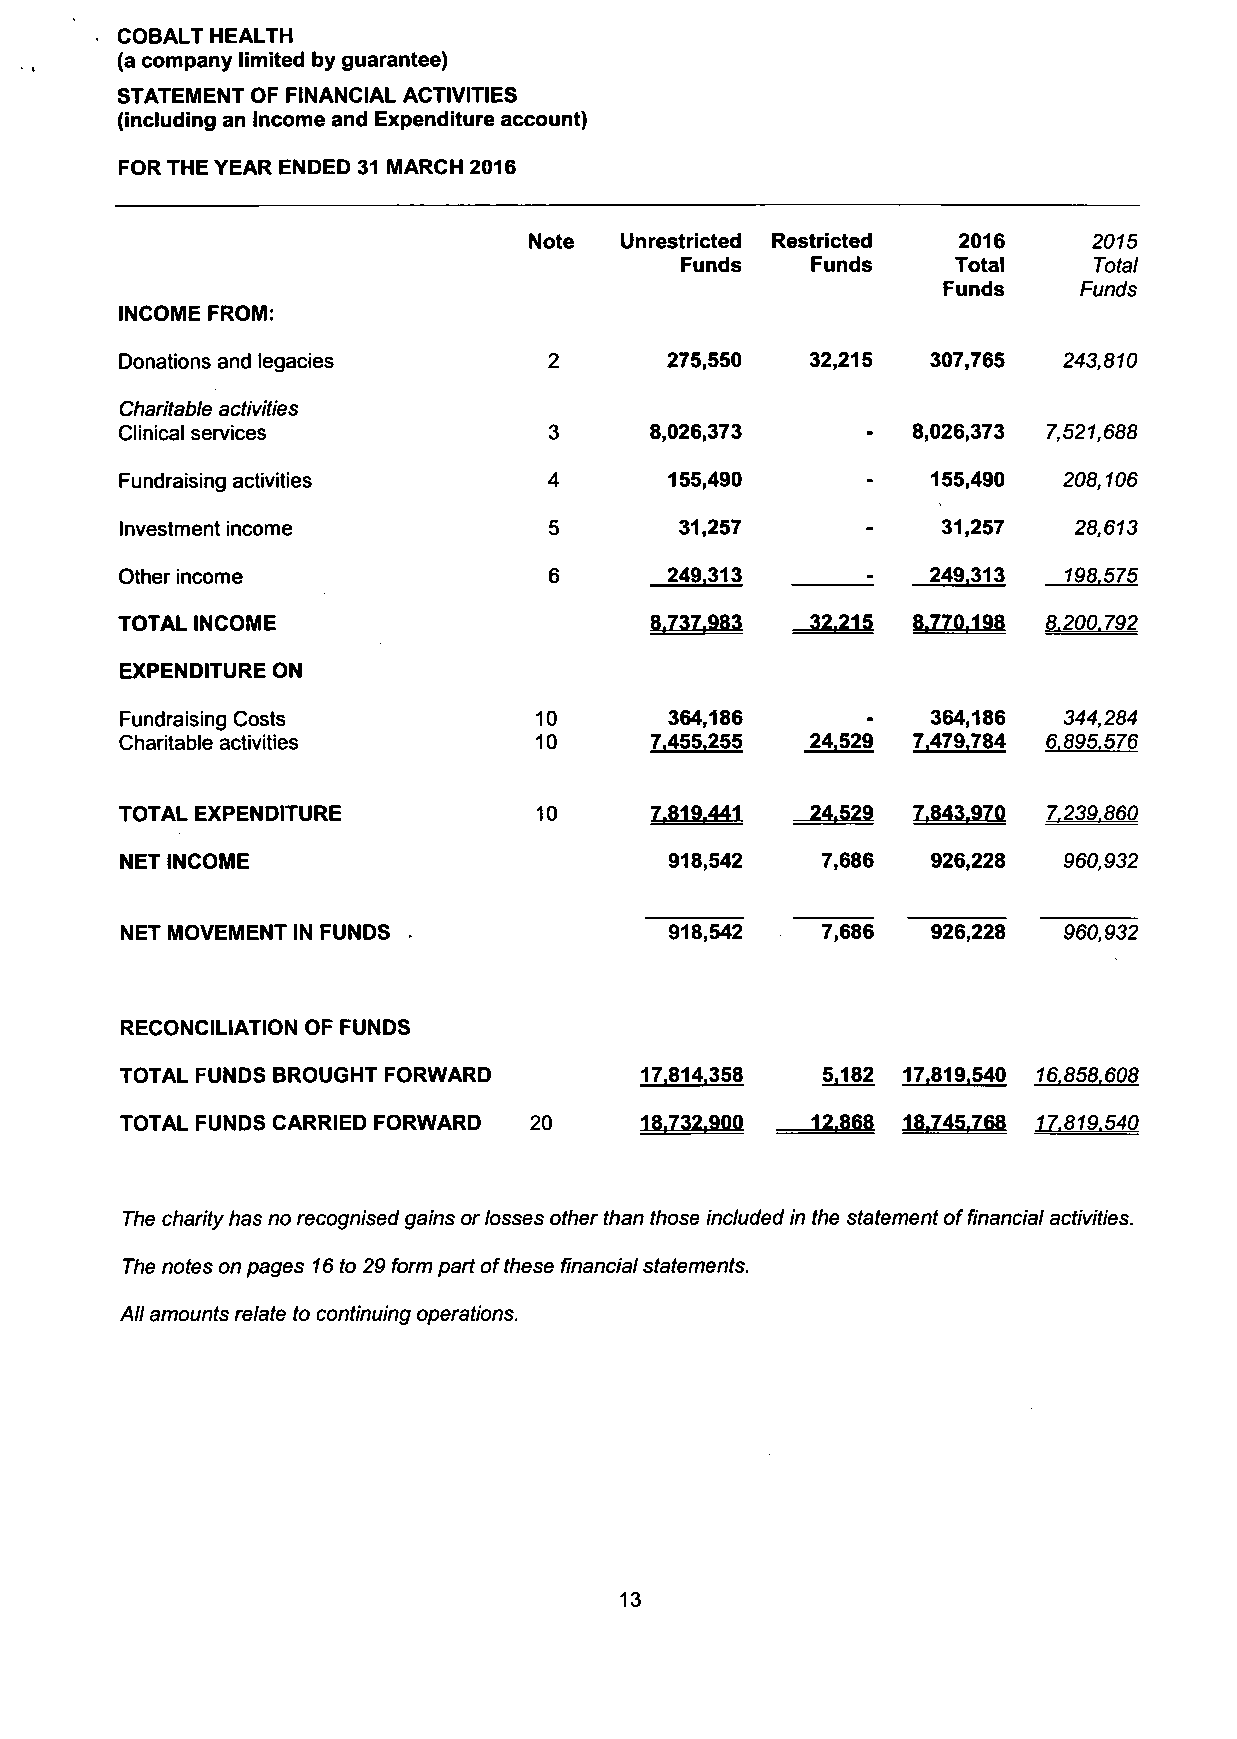
COBALT HEALTH
 (a company limited by guarantee)
 STATEMENT OF FINANCIAL ACTIVITIES
 (including an Income and Expenditure account)
 FOR THE YEAR ENDED 31 MARCH 2016
 Note  Unrestricted Restricted 2016   2015
 Funds    Funds    Total    Total
 Funds    Funds
 INCOME FROM:
 Donations and legacies              275,550   32,215  307,765 243,810
 Charitable activities
 Clinical services           3      8,026,373        8,026,373 7,521,688
 Fundraising activities      4       155,490           155,490 208,106
 Investment income           5        31,257           31,257   28,613
 Other income                6       249.313      :    249.313 198.575
 TOTAL INCOME                       8.737.983  32.215 8.770.198 8.200.792
 EXPENDITURE ON
 Fundraising Costs          10       364,186           364,186 344,284
 Charitable activities      10      7.455.255  24.529 7.479.784 6.895.576
 TOTAL EXPENDITURE           10     7.819.441  24.529 7.843.970 7.239.860
 NET INCOME                          918,542   7,686   926,228 960,932
 NET MOVEMENT IN FUNDS               918,542   7,686   926,228 960,932
 RECONCILIATION OF FUNDS
 TOTAL FUNDS BROUGHT FORWARD       17.814.358  5.182 17.819.540 16.858.608
 TOTAL FUNDS CARRIED FORWARD 20    18.732.900  12.868 18.745.768 17.819.540
 The charity has no recognised gains or losses other than those included in the statement of financial activities.
 The notes on pages 16 to 29 form part of these financial statements.
 All amounts relate to continuing operations.
 13